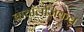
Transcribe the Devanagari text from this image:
बायॉलजिकल